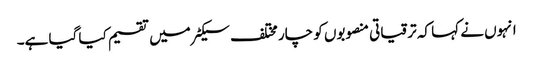
انہوں نے کہا کہ ترقیاتی منصوبوں کو چار مختلف سیکٹر میں تقسیم کیا گیا ہے۔